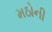
મઠોની